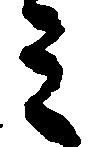
ミ